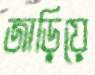
জাড়িয়ে